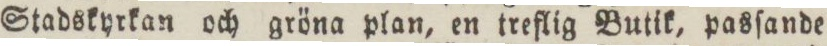
Stadskyrkan och gröna plan, en treflig Butik, pasſande